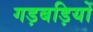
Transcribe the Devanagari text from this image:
गड़बड़ियों